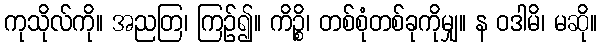
ကုသိုလ်ကို။ အညတြ၊ ကြဉ်၍။ ကိဉ္စိ၊ တစ်စုံတစ်ခုကိုမျှ။ န ဝဒါမိ၊ မဆို။